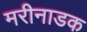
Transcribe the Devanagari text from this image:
मरीनाडक